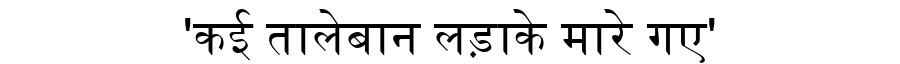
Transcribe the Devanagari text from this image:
'कई तालेबान लड़ाके मारे गए'